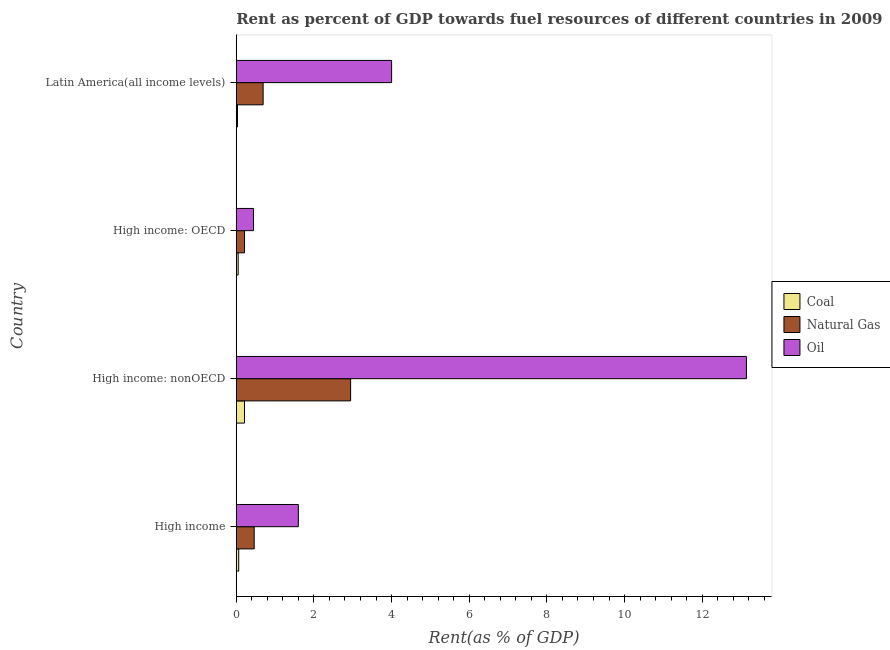
| Country | Coal | Natural Gas | Oil |
 | --- | --- | --- | --- |
 | High income | 0.0636 | 0.462 | 1.6 |
 | High income: nonOECD | 0.212 | 2.95 | 13.1 |
 | High income: OECD | 0.0488 | 0.214 | 0.444 |
 | Latin America(all income levels) | 0.032 | 0.692 | 4 |